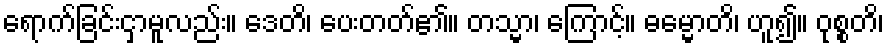
ရောက်ခြင်းငှာမူလည်း။ ဒေတိ၊ ပေးတတ်၏။ တသ္မာ၊ ကြောင့်။ ဓမ္မောတိ၊ ဟူ၍။ ဝုစ္စတိ၊